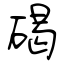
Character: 碣